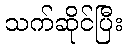
သက်ဆိုင်ပြီး